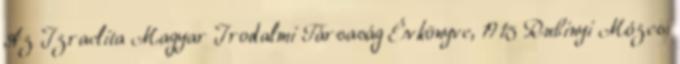
Az Izraelita Magyar Irodalmi Társaság Évkönyve, 1915 Rubinyi Mózes: